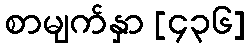
စာမျက်နှာ [၄၃၆]